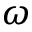
\omega